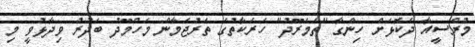
މުރްސީއާ ދެކޮޅަށް ހިންގާ "ތަމަރޫދު" ހަރަކާތުގެ ތަރުޖަމާން މަހްމޫދު ބަދުރު ވިދާޅުވީ މި